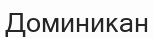
Доминикан